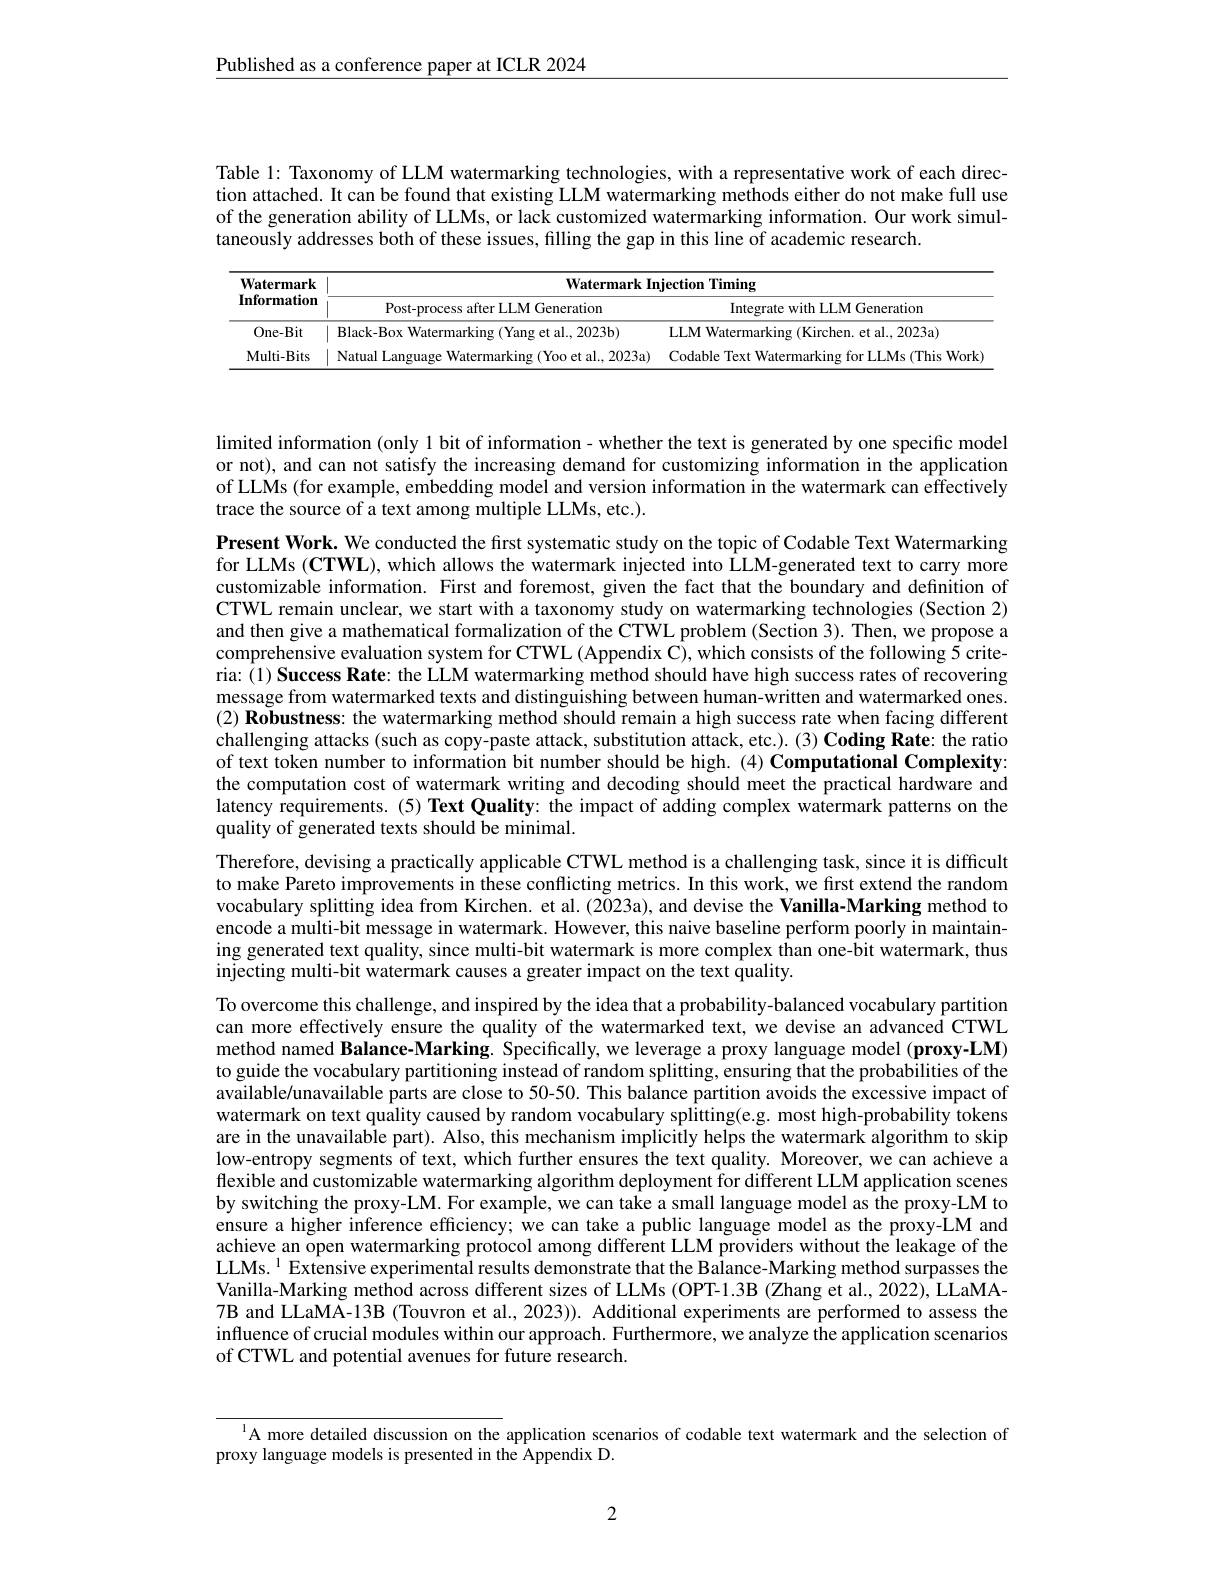
$\underline{\text{Published as a conference paper at ICLR 2024}}$

Table 1: Taxonomy of LLM watermarking technologies, with a representative work of each direction attached. It can be found that existing LLM watermarking methods either do not make full use of the generation ability of LLMs, or lack customized watermarking information. Our work simultaneously addresses both of these issues, filling the gap in this line of academic research.

<table>
	<tbody>
		<tr>
			<th rowspan="2">$\mathbf{Watermark}$ Information</th>
			<th colspan="2">Watermark Injection Timing</th>
		</tr>
		<tr>
			<th>Post-process after LLM Generation</th>
			<th>Integrate with LLM Generation</th>
		</tr>
		<tr>
			<td>One- Bit</td>
			<td>Black-Box Watermarking (Yang et al., 2023b)</td>
			<td>LLM Watermarking (Kirchen. et al., 2023a)</td>
		</tr>
		<tr>
			<td>Multi- Bits</td>
			<td>Natual Language Watermarking (Yoo et al..2023a)</td>
			<td>Codable Text Watermarking for LLMs (This Work</td>
		</tr>
	</tbody>
</table>

limited information (only 1 bit of information- whether the text is generated by one specific model or not), and can not satisfy the increasing demand for customizing information in the application of LLMs (for example, embedding model and version information in the watermark can éffectively trace the source of a text among multiple LLMs, etc.).

Present Work. We conducted the first systematic study on the topic of Codable Text Watermarking for LLMs (CTWL), which allows the watermark injected into LLM-generated text to carry more customizable information. First and foremost, given the fact that the boundary and definition of CTWL remain unclear, we start with a taxonomy study on watermarking technologies (Section 2) and then give a mathematical formalization of the CTWL problem (Section 3). Then, we propose a comprehensive evaluation system for CTWL (Appendix C), which consists of the following 5 criteria: $\hat{(1)}$ Success Rate: the LLM watermarking method should have high success rates of recovering message from watermarked texts and distinguishing between human-written and watermarked ones (2) Robustness: the watermarking method should remain a high success rate when facing different challenging attacks (such as copy-paste attack, substitution attack, etc.). (3) Coding Rate: the ratio of text token number to information bit number should be high. (4) Computational Complexity: the computation cost of watermark writing and decoding should meet the practical hardware and latency requirements. (5) Text Quality: the impact of adding complex watermark patterns on the quality of generated texts should be minimal.

Therefore, devising a practically applicable CTWL method is a challenging task, since it is difficult to make Pareto improvements in these conflicting metrics. In this work, we first extend the random vocabulary splitting idea from Kirchen. et al. (2023a), and devise the Vanilla-Marking method to encode a multi-bit message in watermark. However, this naive baseline perform poorly in maintaining generated text quality, since multi-bit watermark is more complex than one-bit watermark, thus injecting multi-bit watermark causes a greater impact on the text quality.
To overcome this challenge, and inspired by the idea that a probability-balanced vocabulary partition

can more effectively ensure the quality of the watermarked text, we devise an advanced CTWL method named Balance-Marking. Specifically, we leverage a proxy language model (proxy-LM) to guide the vocabulary partitioning instead of random splitting, ensuring that the probabilities of the available/unavailable parts are close to 50-50. This balance partition avoids the excessive impact of watermark on text quality caused by random vocabulary splitting(e.g. most high-probability tokens are in the unavailable part). Also, this mechanism implicitly helps the watermark algorithm to skip low-entropy segments of text, which further ensures the text quality. Moreover, we can achieve a flexible and customizable watermarking algorithm deployment for different LLM application scenes by switching the proxy-LM. For example, we can take a small language model as the proxy-LM to ensure a higher inference efficiency; we can take a public language model as the proxy-LM and achieve an open watermarking protocol among different LLM providers without the leakage of the LLMs.$^{1}$Extensive experimental results demonstrate that the Balance-Marking method surpasses the Vanilla-Marking method across different sizes of LLMs (OPT-1.3B (Zhang et al., 2022), LLaMA- 7B and LLaMA-13B (Touvron et al., 2023)). Additional experiments are performed to assess the influence of crucial modules within our approach. Furthermore, we analyze the application scenarios of CTWL and potential avenues for future research.

l A more detailed discussion on the application scenarios of codable text watermark and the selection of

proxy language models is presented in the Appendix D.

2